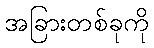
အခြားတစ်ခုကို